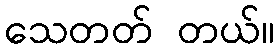
သေတတ် တယ်။